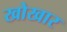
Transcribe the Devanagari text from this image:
खोखार